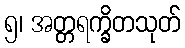
၅၊ အတ္တရက္ခိတသုတ်